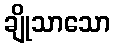
ချိုသာသော